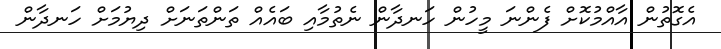
އެގޮތުން އާއްމުކޮށް ފެންނަ މީހުން ހަނދާން ނެތުމާއި ބައެއް ތަންތަނަށް ދިޔުމަށް ހަނދާން